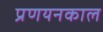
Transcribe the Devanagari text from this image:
प्रणयनकाल